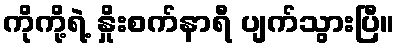
ကိုကို့ရဲ့ နှိုးစက်နာရီ ပျက်သွားပြီ။